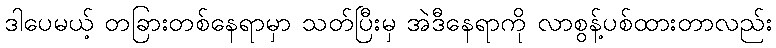
ဒါပေမယ့် တခြားတစ်နေရာမှာ သတ်ပြီးမှ အဲဒီနေရာကို လာစွန့်ပစ်ထားတာလည်း